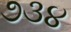
૭૩૪